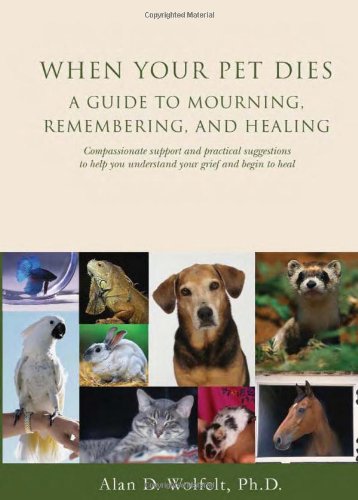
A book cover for When Your Pet Dies: A Guide to Mourning, Remembering and Healing; Alan D. Wolfelt PhD; Crafts, Hobbies & Home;